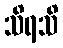
သိရသိ